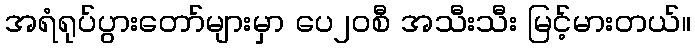
အရံရုပ်ပွားတော်များမှာ ပေ၂၀စီ အသီးသီး မြင့်မားတယ်။